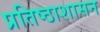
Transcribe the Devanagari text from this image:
प्रतिष्ठाशासन